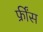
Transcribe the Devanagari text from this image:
फ्रींस